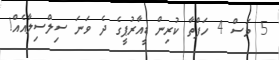
5 މަސް 4 ހަފްތާ ކުރިން ޑީއާރުޕީގެ ދެ ވަނަ ސިލްސިލާއެއް!